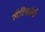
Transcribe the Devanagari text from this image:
लैटिनग्रैमी